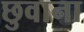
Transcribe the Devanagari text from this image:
छुवाना